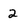
Character: 2